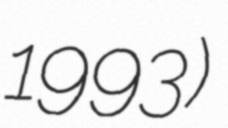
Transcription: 1993)